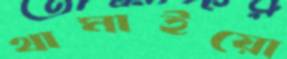
থামাইয়ো